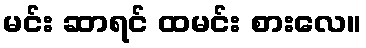
မင်း ဆာရင် ထမင်း စားလေ။